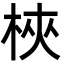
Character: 梜